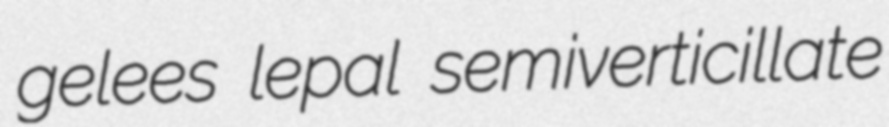
gelees lepal semiverticillate